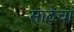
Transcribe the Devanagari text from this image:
साठेचा